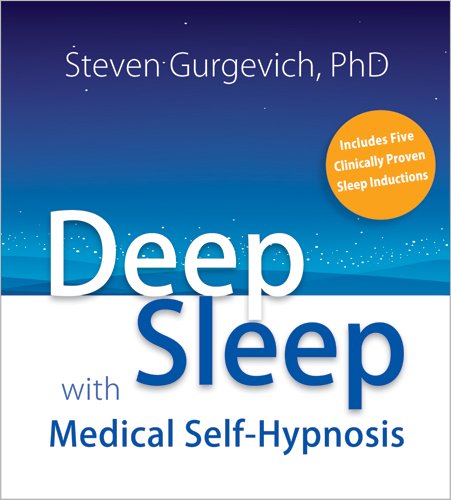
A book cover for Deep Sleep with Medical Self-Hypnosis; Steven Gurgevich; Self-Help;